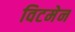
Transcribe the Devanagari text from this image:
विटमेन